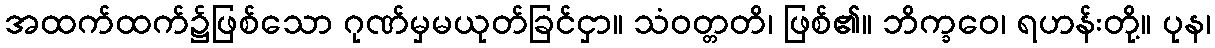
အထက်ထက်၌ဖြစ်သော ဂုဏ်မှမယုတ်ခြင်ငှာ။ သံဝတ္တတိ၊ ဖြစ်၏။ ဘိက္ခဝေ၊ ရဟန်းတို့။ ပုန၊